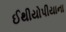
ઈથીયોપીયાના